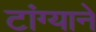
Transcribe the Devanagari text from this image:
टांग्याने